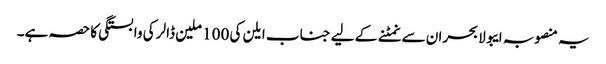
یہ منصوبہ ایبولا بحران سے نمٹنے کے لیے جناب ایلن کی 100 ملین ڈالر کی وابستگی کا حصہ ہے۔